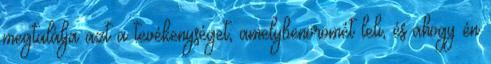
megtalálja azt a tevékenységet, amelybenörömét leli, és ahogy én